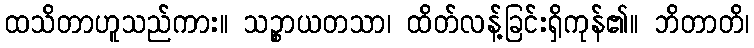
ထသိတာဟူသည်ကား။ သဉ္စာယတသာ၊ ထိတ်လန့်ခြင်းရှိကုန်၏။ ဘိတာတိ၊